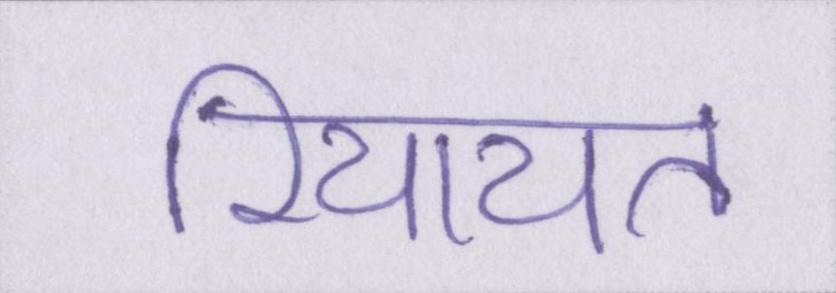
रियायत